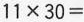
$$1 1 \times 3 0 =$$